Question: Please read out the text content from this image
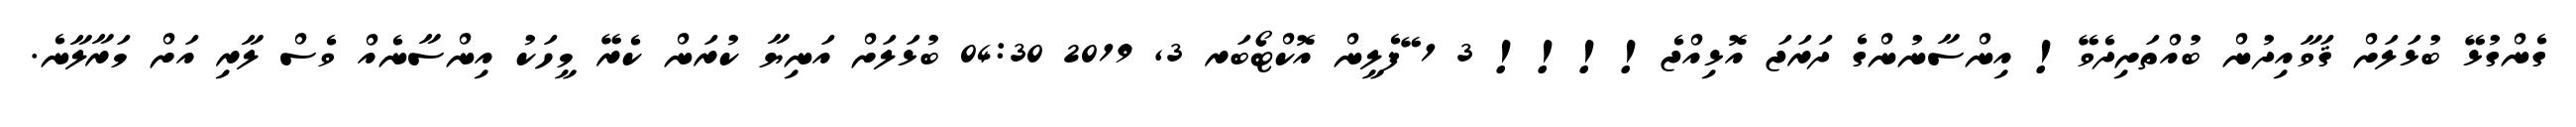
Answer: ގެންގުޅޭ ބުޅަލަށް ޤަވާއިދުން ބުއްތަށިދެވޭ! އިންސާނުންގެ ދަރަޖަ އޮޅިއްޖެ!!!! 3 1 ޭފެލީން އޮކްޓޯބަރ 3, 2019 04:30 ބުޅަލަށް އަނިޔާ ކުރަން ކެރޭ މީހަކު އިންސާނެއް ވެސް ލާރި އަށް މަރާލާނެ.